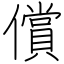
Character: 償